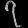
Digit: ၇